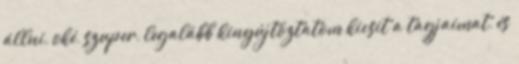
állni, oké, szuper, legalább kinyújtóztatom kicsit a tagjaimat, és